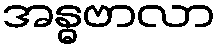
အန္ဓဗာလာ